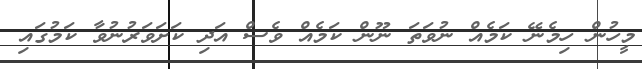
މީހުން ހިމެނޭ ކަމެއް ނުވަތަ ނޫން ކަމެއް ވެސް އަދި ކަށަވަރުނުވާ ކަމުގައި